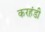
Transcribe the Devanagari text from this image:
करहंडी